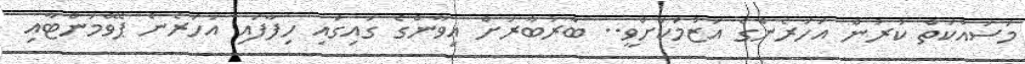
މަސައްކަތް ކުރުން އަހަރެންގެ އަޒުމަކަށްވީ.. ބާރުބާރަށް އިވާންގެ ގައިގައި ހިފާފައި އަހަރެން ޕޭވްމަންޓާއި